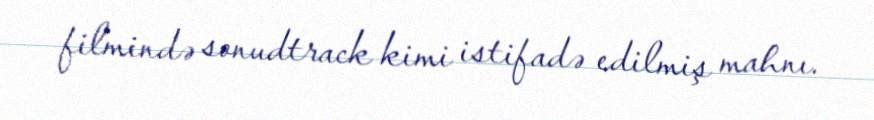
filmində sonudtrack kimi istifadə edilmiş mahnı.